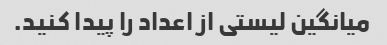
میانگین لیستی از اعداد را پیدا کنید.